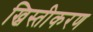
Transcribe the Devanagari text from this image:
ख्रिस्तीकरण